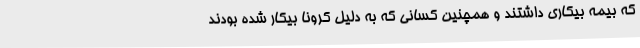
که بیمه بیکاری داشتند و همچنین کسانی که به دلیل کرونا بیکار شده بودند